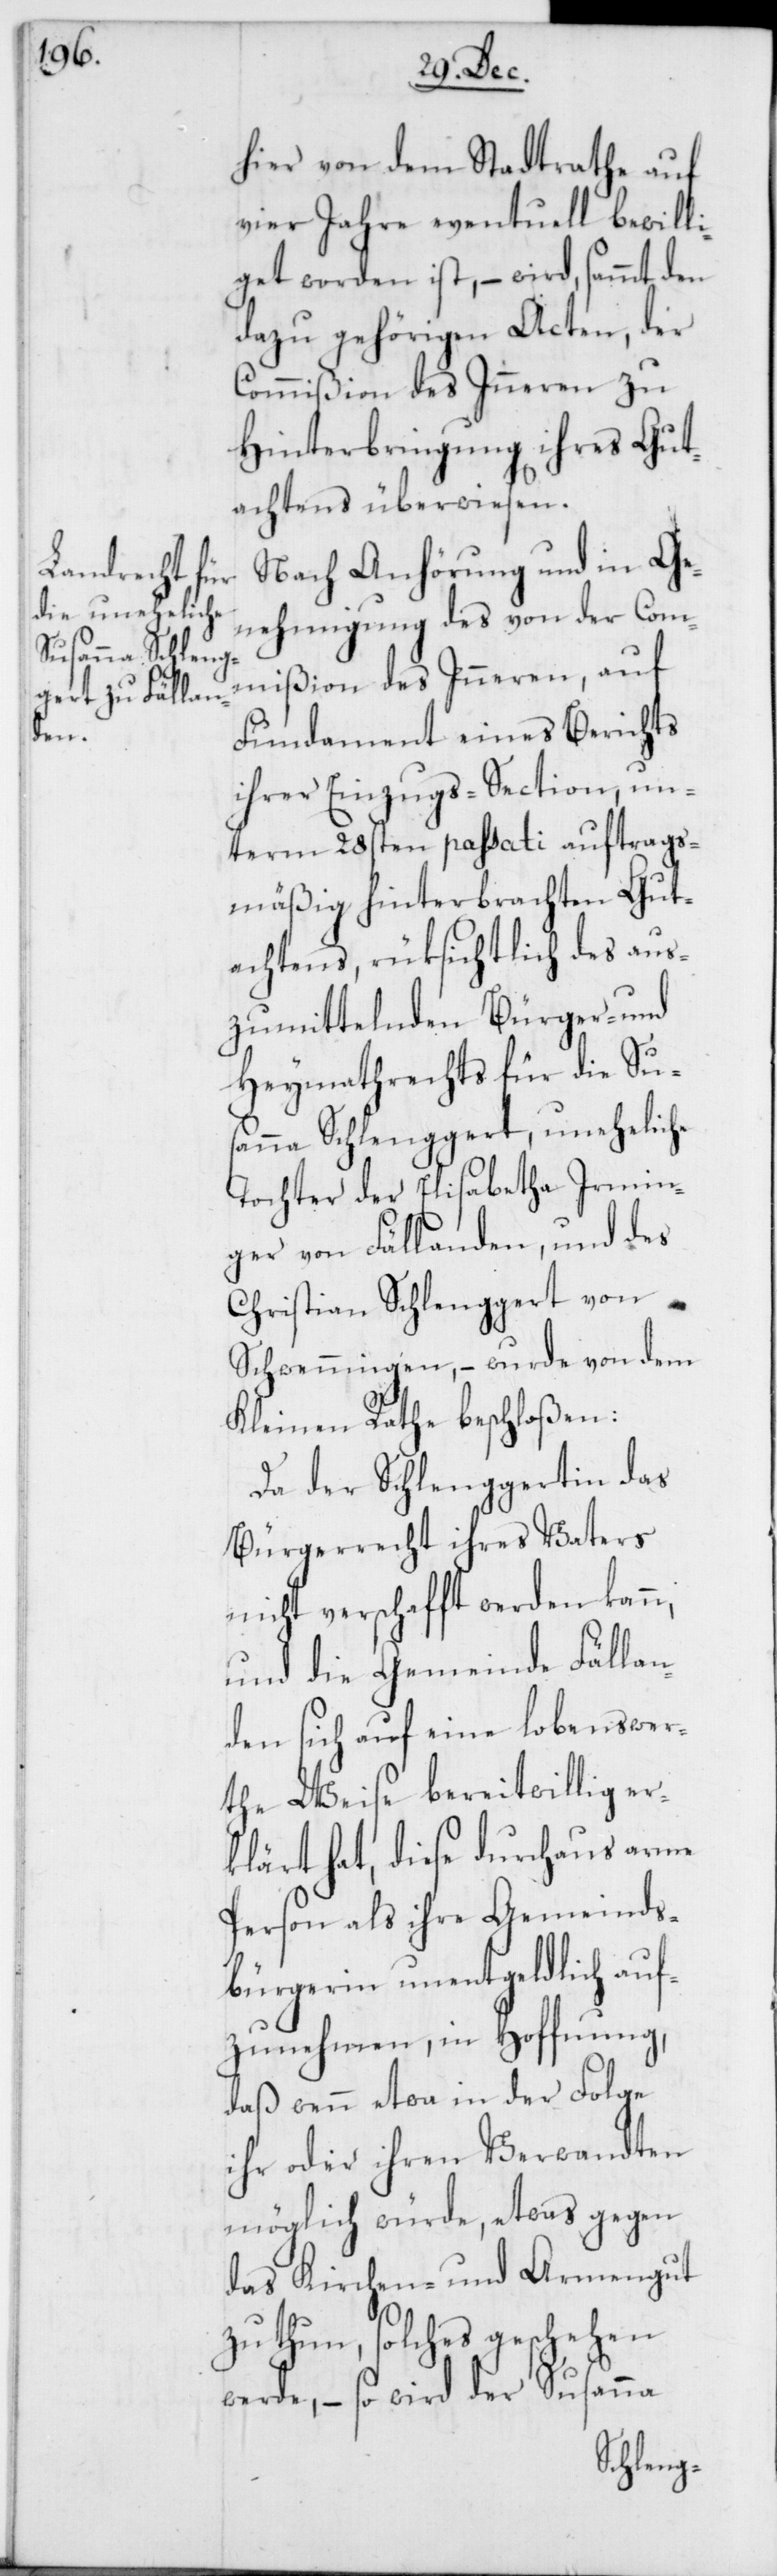
hier von dem Stadtrathe auf
vier Jahre eventuell bewilli¬
get worden ist, – wird, sammt den
dazu gehörigen Acten, der
Commißion des Inneren zu
Hinterbringung ihres Gut¬
achtens überwiesen.
Nach Anhörung und in Ge¬
nehmigung des von der Com¬
mißion des Inneren, auf
Fundament eines Berichts
ihrer Einzugs-Section, un¬
term 28sten passati auftrags¬
mäßig hinterbrachten Gut¬
achtens, rüksichtlich des aus¬
zumittelnden Bürger- und
Heymathrechts für die Sus¬
anna Schlenggert, uneheliche
Tochter der Elisabetha Irmin¬
ger von Fällanden, und des
Christian Schlenggert von
Schwenningen, – wurde von dem
Kleinen Rathe beschloßen:
Da der Schlenggertin das
Bürgerrecht ihres Vaters
nicht verschafft werden kann,
und die Gemeinde Fällan¬
den sich auf eine lobenswer¬
the Weise bereitwillig er¬
klärt hat, diese durchaus arme
Person als ihre Gemeinds¬
bürgerin unentgeldlich auf¬
zunehmen, in Hoffnung,
daß wenn etwa in der Folge
ihr oder ihren Verwandten
möglich würde, etwas gegen
das Kirchen- und Armengut
zu thun, solches geschehen
werde, – so wird der Suanna